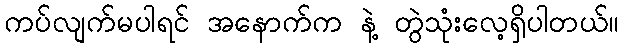
ကပ်လျက်မပါရင် အနောက်က နဲ့ တွဲသုံးလေ့ရှိပါတယ်။